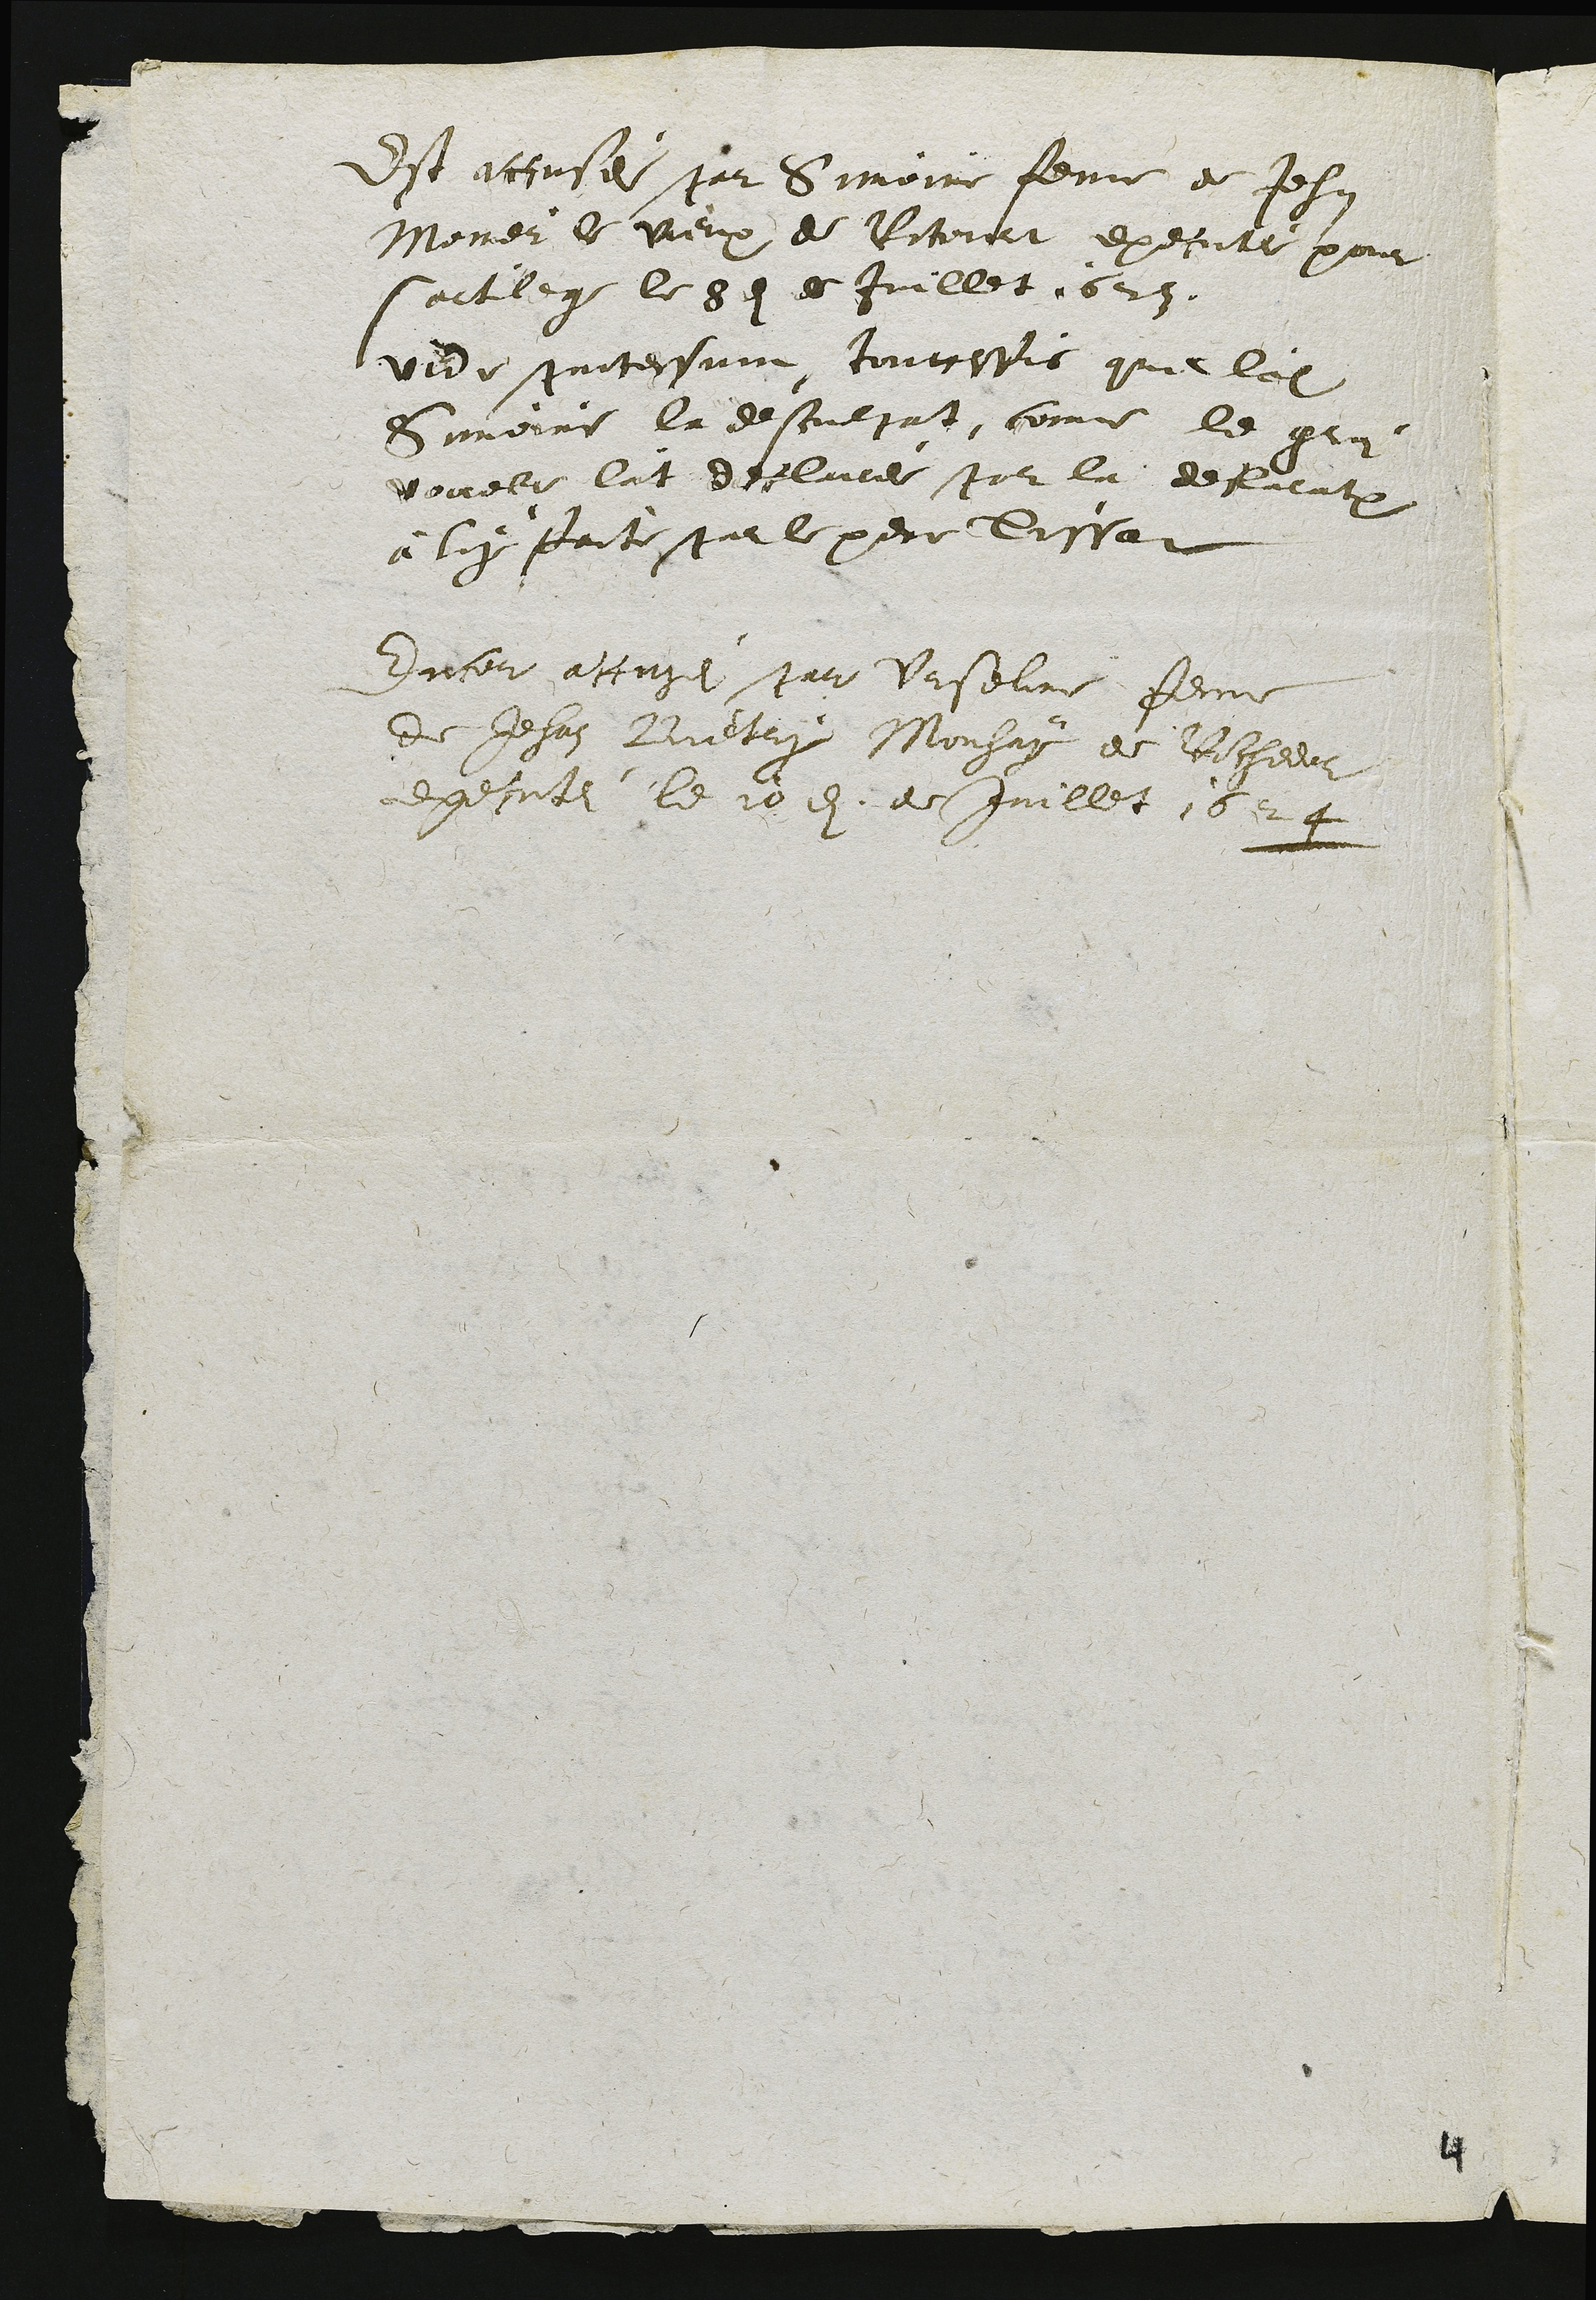
Est accusé par Simoire femme de Jehan
Moier le vieux de Retourt execute pour
Sartlege le 8e de Juillet 1623.
vede protessuie, touttesfis que loi
Simoire la descoulgat, comme le graz
vouele lat depluce par la delientruy
à luy faite par le pere Sussat
Encor attusei par Urseline femme
de Jehan Bretry Mouhay de Rochedor
executei le 10 di de Juillet 1624

4